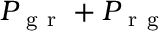
P _ { \mathrm { ~ g ~ r ~ } } + P _ { \mathrm { ~ r ~ g ~ } }